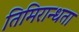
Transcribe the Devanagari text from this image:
तिमिरान्धता